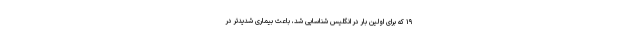
۱۹ که برای اولین بار در انگلیس شناسایی شد، باعث بیماری شدیدتر در